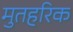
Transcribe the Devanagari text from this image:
मुतहरिक